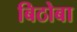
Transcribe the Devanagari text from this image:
बिठोबा